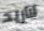
لااريد